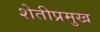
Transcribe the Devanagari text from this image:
शेतीप्रमुख